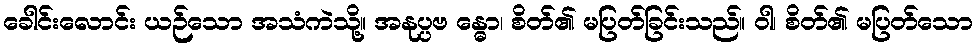
ခေါင်းလောင်း ယဉ်သော အသံကဲသို့။ အနုပ္ပဗ န္ဓော၊ စိတ်၏ မပြတ်ခြင်းသည်။ ဝါ၊ စိတ်၏ မပြတ်သော